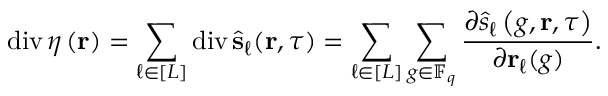
\operatorname { d i v } \ensuremath { \boldsymbol { \eta } } \left( \ensuremath { \mathbf { r } } \right) = \sum _ { \ell \in [ L ] } \operatorname { d i v } \hat { \ensuremath { \mathbf { s } } } _ { \ell } ( \ensuremath { \mathbf { r } } , \tau ) = \sum _ { \ell \in [ L ] } \sum _ { g \in \mathbb { F } _ { q } } \frac { \partial \hat { s } _ { \ell } \left( g , \ensuremath { \mathbf { r } } , \tau \right) } { \partial \ensuremath { \mathbf { r } } _ { \ell } ( g ) } .